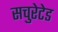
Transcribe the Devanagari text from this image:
सचुरेटेड